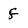
Character: f